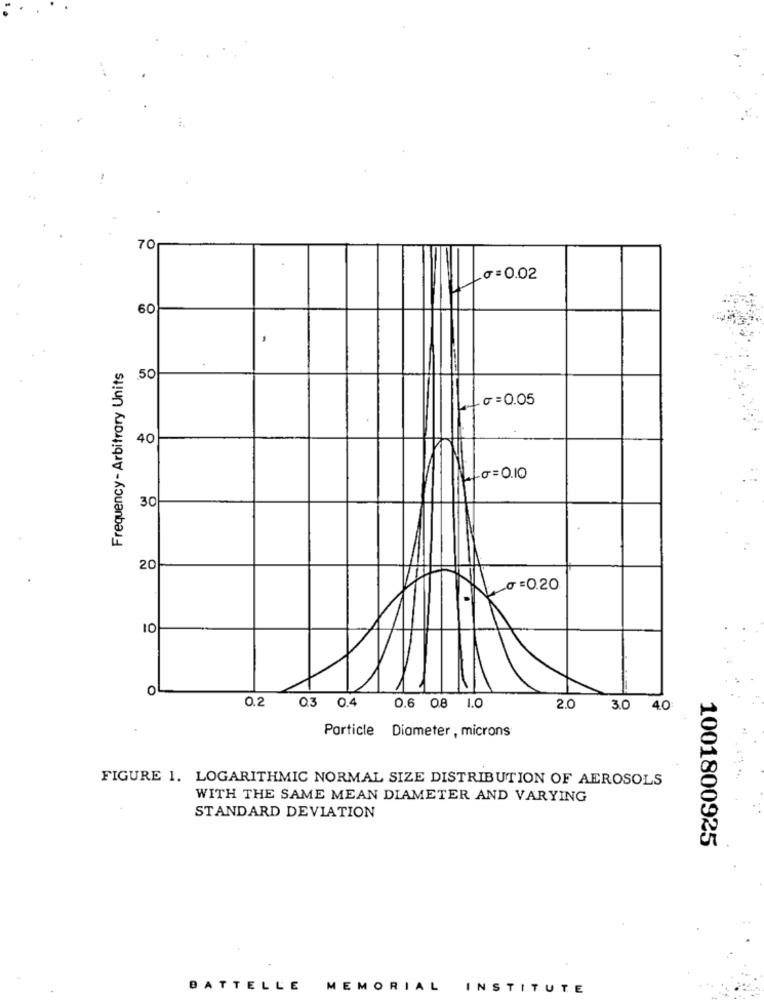
70
0=0.02
60
Frequency - Arbitrary Units
50
=== 0.05
40
10 = 0.10
30
20
G =0.20
10
0
0.2
0.3 0.4
0.6 0.8
1.0
2.0
3.0 40
Particle Diameter , microns
FIGURE 1. LOGARITHMIC NORMAL SIZE DISTRIBUTION OF AEROSOLS
WITH THE SAME MEAN DIAMETER AND VARYING
STANDARD DEVIATION
1001800925
BATTELLE MEMORIAL INSTITUTE